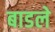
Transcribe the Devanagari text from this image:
बाडले